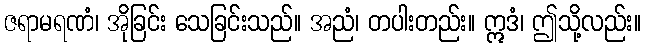
ဇရာမရဏံ၊ အိုခြင်း သေခြင်းသည်။ အညံ၊ တပါးတည်း။ ဣဒံ၊ ဤသို့လည်း။